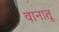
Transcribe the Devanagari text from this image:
वानातू